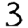
Digit: 3